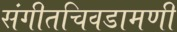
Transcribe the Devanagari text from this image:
संगीतचिवडामणी